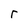
Character: r